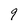
Character: 9